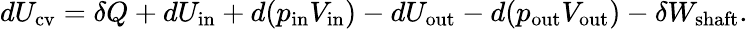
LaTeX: dU_{\mathrm{cv}}=\delta Q+dU_{\mathrm{in}}+d(p_{\mathrm{in}}V_{\mathrm{in}})-dU_{\mathrm{out}}-d(p_{\mathrm{out}}V_{\mathrm{out}})-\delta W_{\mathrm{shaft}}.